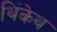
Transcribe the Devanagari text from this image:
थिंकेथ